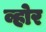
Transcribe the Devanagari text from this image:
व्होर